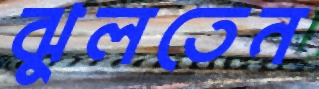
ঝুলতেন